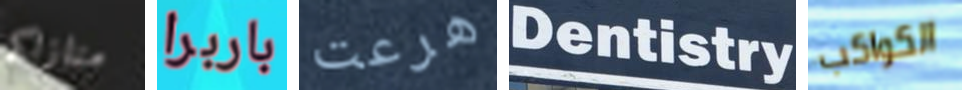
منازلكم باربرا هرعت Dentistry الكواكب